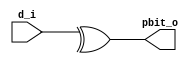
// Name: parity_tx.v
//
// Description: Calcula la paridad tipo (even) de los datos de entrada

module parity_tx (
  input  [7:0] d_i,    //Datos de entrada
  output       pbit_o  //Bit de paridad
);

  assign pbit_o = ^ d_i;

endmodule